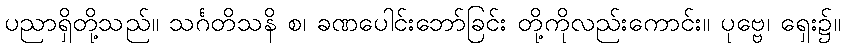
ပညာရှိတို့သည်။ သင်္ဂတိသနိ စ၊ ခဏပေါင်းဘော်ခြင်း တို့ကိုလည်းကောင်း။ ပုဗ္ဗေ၊ ရှေး၌။